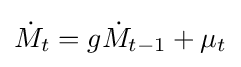
{\dot {M}}_{t}=g{\dot {M}}_{t-1}+\mu _{t}